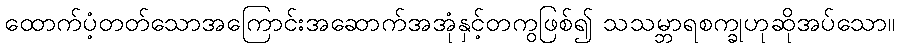
ထောက်ပံ့တတ်သောအကြောင်းအဆောက်အအုံနှင့်တကွဖြစ်၍ သသမ္ဘာရစက္ခုဟုဆိုအပ်သော။